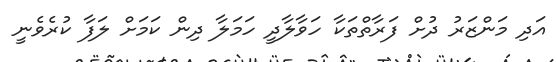
އަދި މަންޒަރު ދުށް ފަރާތްތަކާ ހަވާލާދީ ހަމަލާ ދިން ކަމަށް ލަފާ ކުރެވެނީ